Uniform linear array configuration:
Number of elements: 12
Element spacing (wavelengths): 0.25
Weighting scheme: hann
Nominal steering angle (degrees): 45
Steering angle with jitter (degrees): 46.198
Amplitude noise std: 0.05
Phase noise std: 0.05

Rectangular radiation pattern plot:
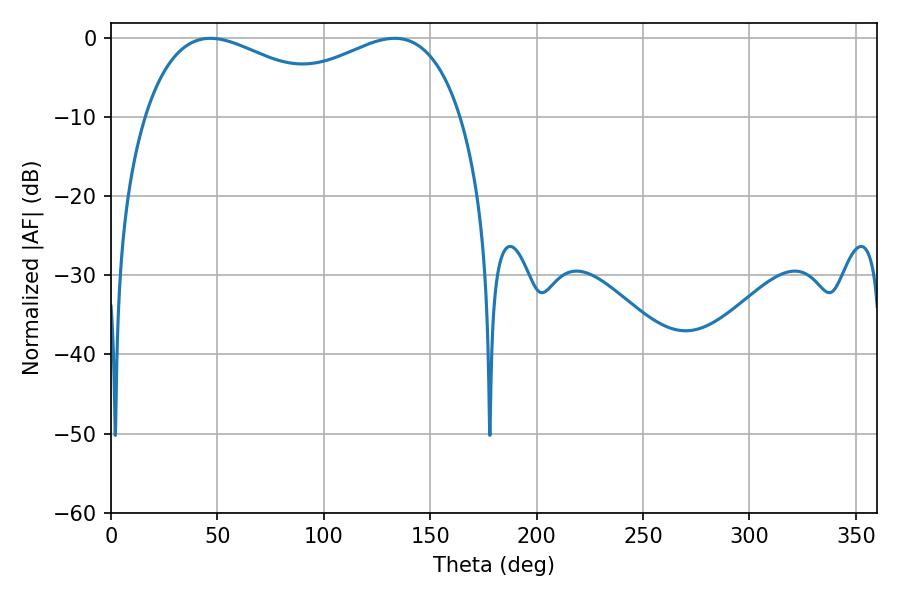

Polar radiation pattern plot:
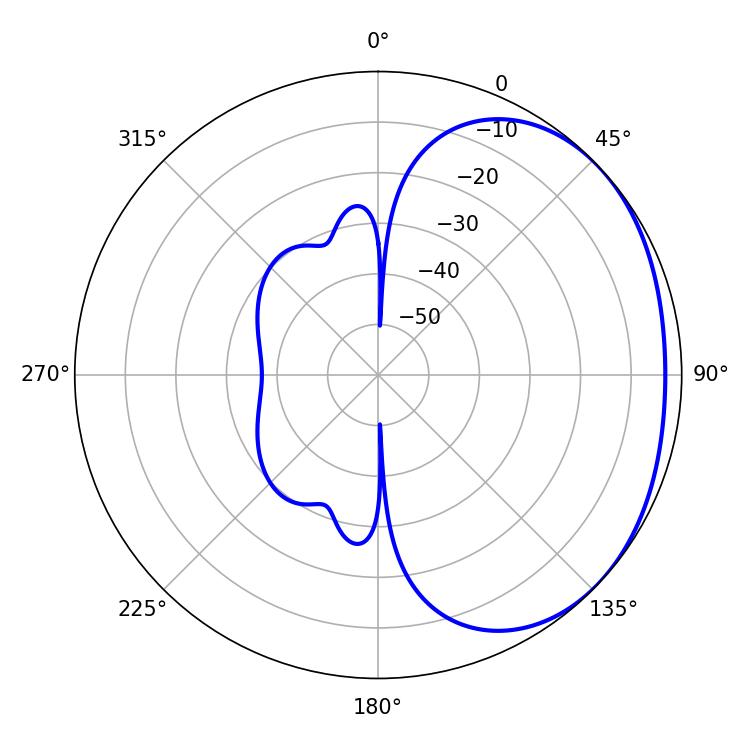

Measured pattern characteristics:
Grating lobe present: FALSE
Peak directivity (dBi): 1.804
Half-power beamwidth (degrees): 54
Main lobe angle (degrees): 46.8